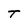
Character: T